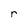
Character: r